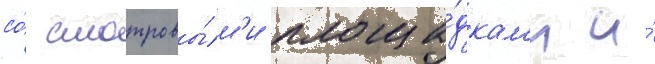
со́ смотровы́м'и площа́дкам'и и́